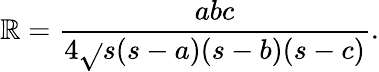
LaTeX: \mathbb{R}={\frac{{abc}}{{4{\sqrt{}{{s(s-a)(s-b)(s-c)}}}}}}.